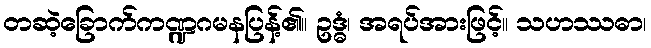
တဆဲ့ခြောက်ကဏ္ဍဂမနပြန့်၏။ ဥဒ္ဓံ၊ အရပ်အားဖြင့်။ သဟဿဓာ၊